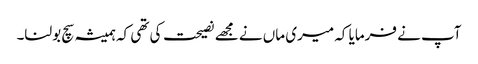
آپ نے فرمایا کہ میری ماں نے مجھے نصیحت کی تھی کہ ہمیشہ سچ بولنا۔